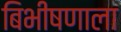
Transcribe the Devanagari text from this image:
बिभीषणाला